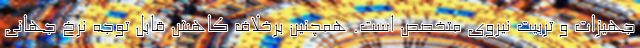
جهیزات و تربیت نیروی متخصص است. همچنین برخلاف کاهش قابل توجه نرخ جهانی